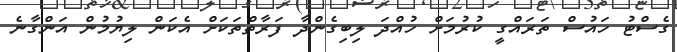
ގެސްޓު ހައުސް ތަރައްގީ ކުރުމަށް ހުއްދަ ލިބިގެންދާ ފަރާތްތަކަށް އެކަން ލިޔުމުން އަންގާނެ